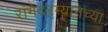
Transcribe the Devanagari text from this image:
रांगेदरम्यानच्या